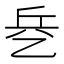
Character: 𰁃